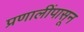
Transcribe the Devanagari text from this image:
प्रणालींपासून